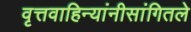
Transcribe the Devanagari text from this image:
वृत्तवाहिन्यांनीसांगितले